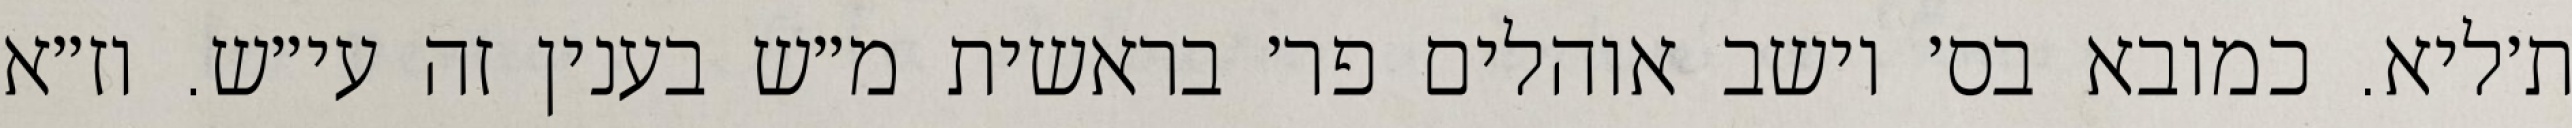
ת׳ליא. כמובא בס׳ יושב אוהלים פר׳ בראשית מ״ש בענין זה עי״ש. וז״א